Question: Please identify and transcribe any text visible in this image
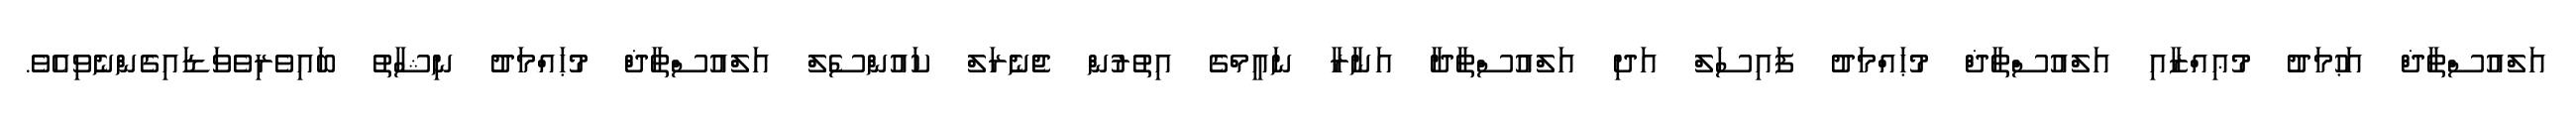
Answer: އަލްއުސްތާޛް އަޙުމަދު މުޢިއްޒާއި އަލްއުސްތާޛް މުޙައްމަދު ފައިސަލް އަދި އަލްއުސްތާޛާ އަނާރާ ނައީމްގެ އިތުރުން ޖެނެރަލް ކައުންސެލް އަލްއުސްތާޛް މުޙައްމަދު ނިޝާތު ބައިވެރިވެވަޑައިގެންނެވިއެވެ.